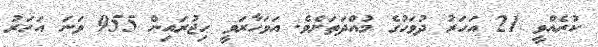
ކުރެއްވީ 21 އަހަރު ދުވަހުގެ މުއްދަތަށެވެ. އަވަހާރަވީ ހިޖުރައިން 955 ވަނަ އަހަރު